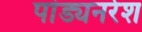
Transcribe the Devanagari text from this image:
पांड्यनरेश